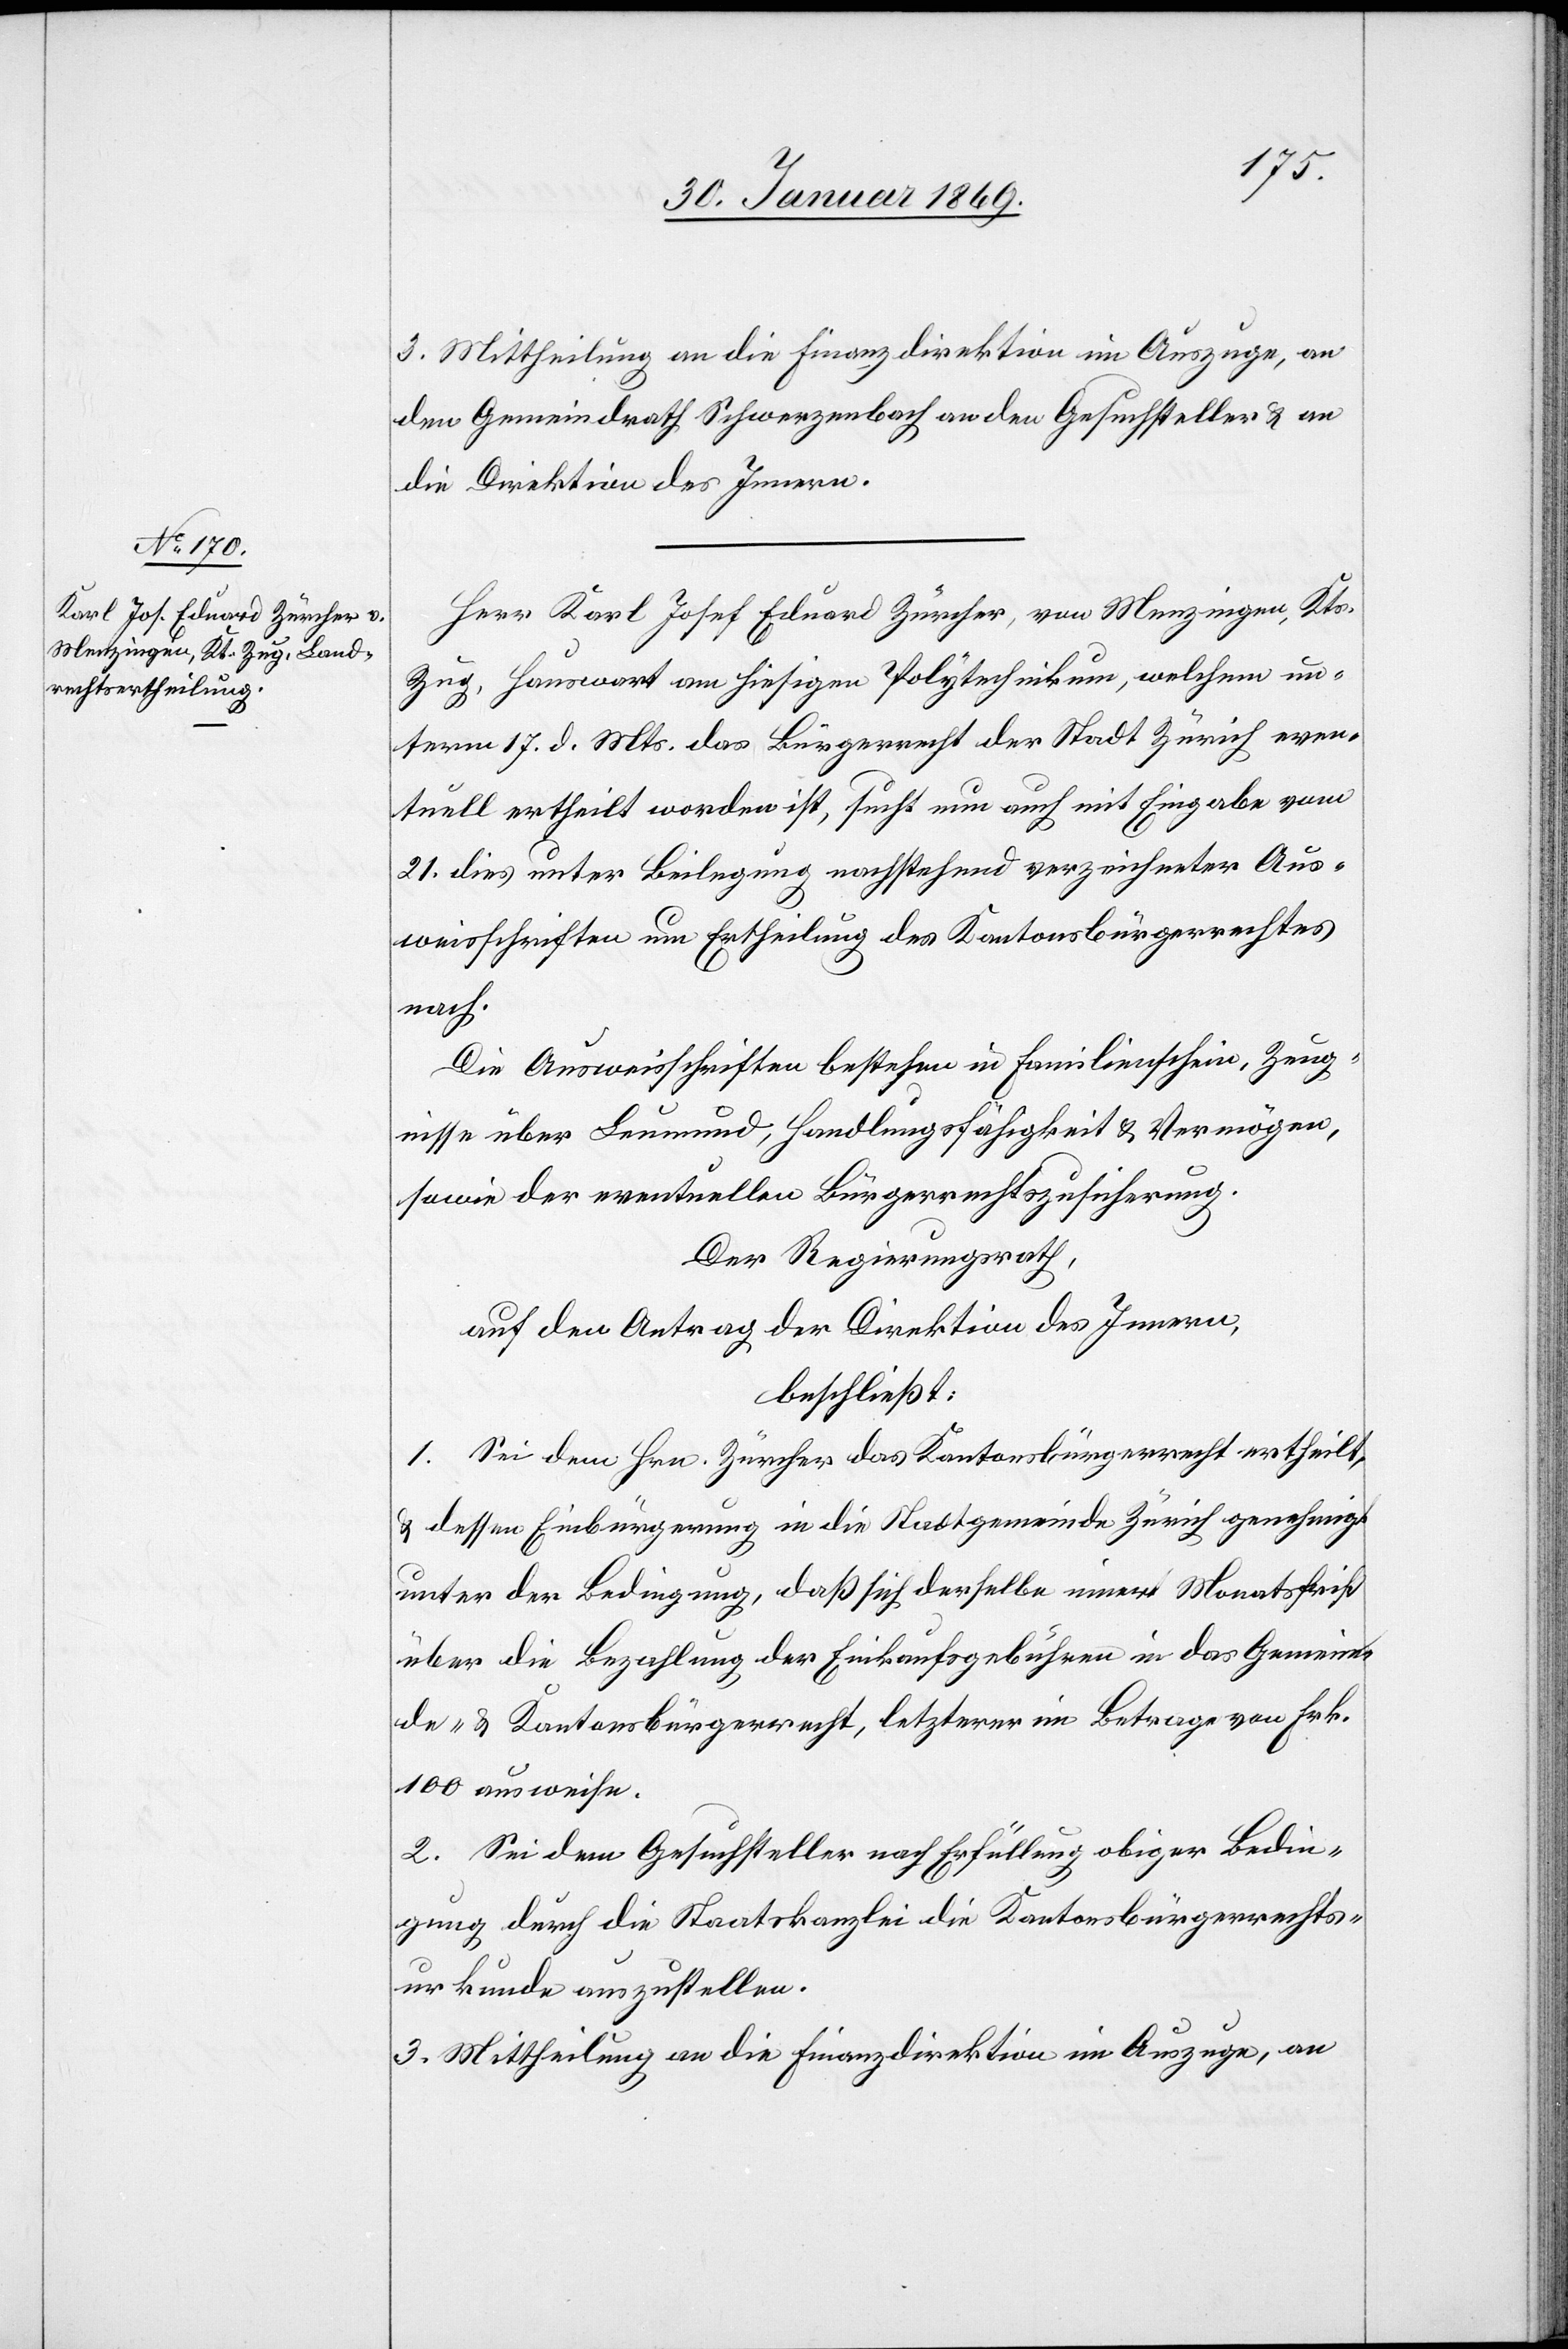
llen.
den Gemeindrath Schwerzenbach an den Gesuchsteller u. an
die Direktion des Innern.
Herr Karl Josef Eduard Zürcher, von Menzingen, Kts.
Zug, Hauswart am hiesigen Polytechnikum, welchem un¬
term 17. d. Mts. das Bürgerrecht der Stadt Zürich even¬
tuell ertheilt worden ist, sucht nun auch mit Eingabe vom
21. dies unter Beilegung nachstehend verzeichneter Aus¬
weisschriften um Ertheilung des Kantonsbürgerrechtes
nach.
Die Ausweisschriften bestehen in Familienschein, Zeug¬
nisse über Leumund, Handlungsfähigkeit u. Vermögen,
sowie der eventuellen Bürgerrechtszusicherung.
Der Regierungsrath,
auf den Antrag der Direktion des Innern,
beschließt:
1. Sei dem Hrn. Zürcher das Kantonsbürgerrecht ertheilt,
u. dessen Einbürgerung in die Stadtgemeinde Zürich genehmigt
unter der Bedingung, daß sich derselbe innert Monatsfrist
über die Bezahlung der Einkaufsgebühren in das Gemein¬
de- u. Kantonsbürgerrecht, letzterer im Betrage von Frk.
100 ausweise.
2. Sei dem Gesuchsteller nach Erfüllung obiger Bedin¬
gung durch die Staatskanzlei die Kantonsurkunde auszuste¬
3. Mittheilung an die Finanzdirektion im Auszuge, an